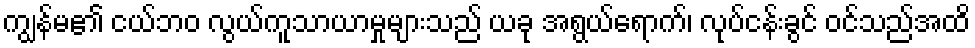
ကျွန်မ၏ ငယ်ဘဝ လွယ်ကူသာယာမှုများသည် ယခု အရွယ်ရောက်၊ လုပ်ငန်းခွင် ဝင်သည်အထိ